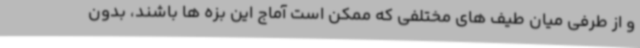
و از طرفی میان طیف های مختلفی که ممکن است آماج این بزه ها باشند، بدون